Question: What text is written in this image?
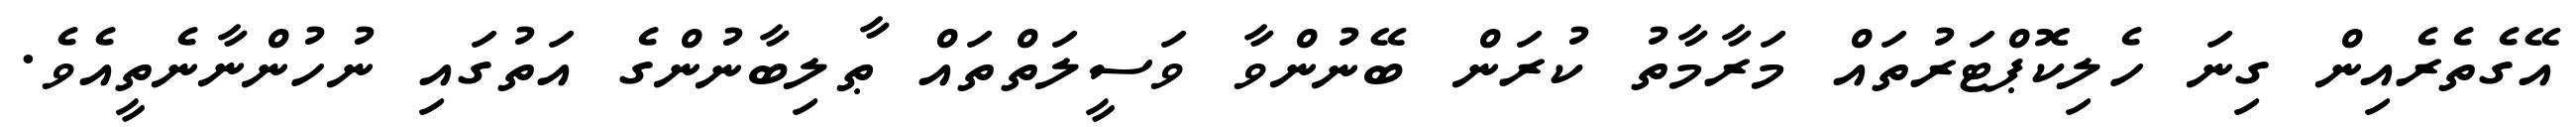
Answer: އޭގެތެރެއިން ގިނަ ހެލިކޮޕްޓަރުތައް މަރާމާތު ކުރަން ބޭނުންވާ ވަސީލަތްތައް ޠާލިބާނުންގެ އަތުގައި ނުހުންނާނެތީއެވެ.